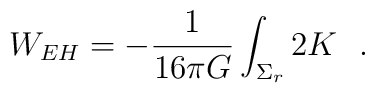
W_{EH}=-{1\over 16\pi G}\int_{\Sigma_r}2K~~.